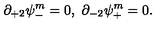
\partial _ { + 2 } \psi _ { - } ^ { m } = 0 , \ \partial _ { - 2 } \psi _ { + } ^ { m } = 0 .